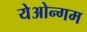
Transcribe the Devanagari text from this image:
येओन्गम